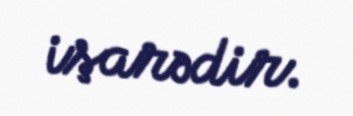
işarədir.